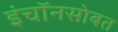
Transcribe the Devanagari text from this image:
इंचॉनसोबत